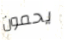
يحمون